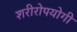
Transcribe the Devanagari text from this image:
शरीरोपयोगी